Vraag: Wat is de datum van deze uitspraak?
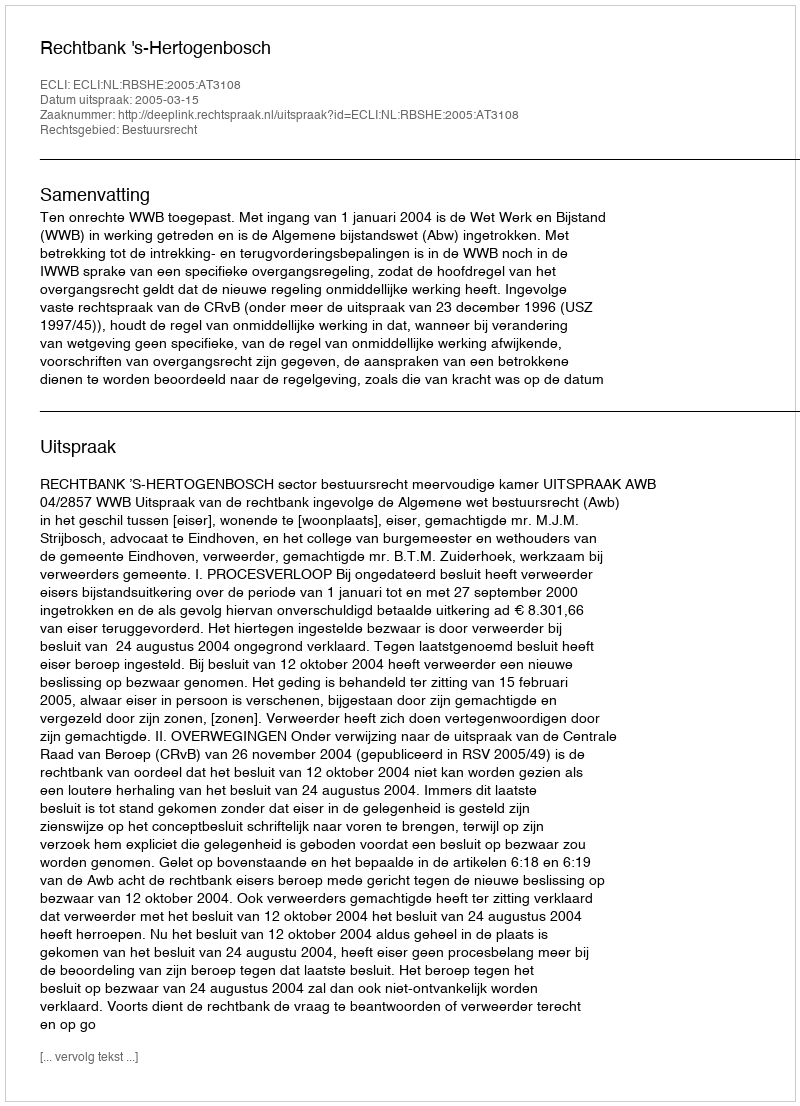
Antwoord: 2005-03-15